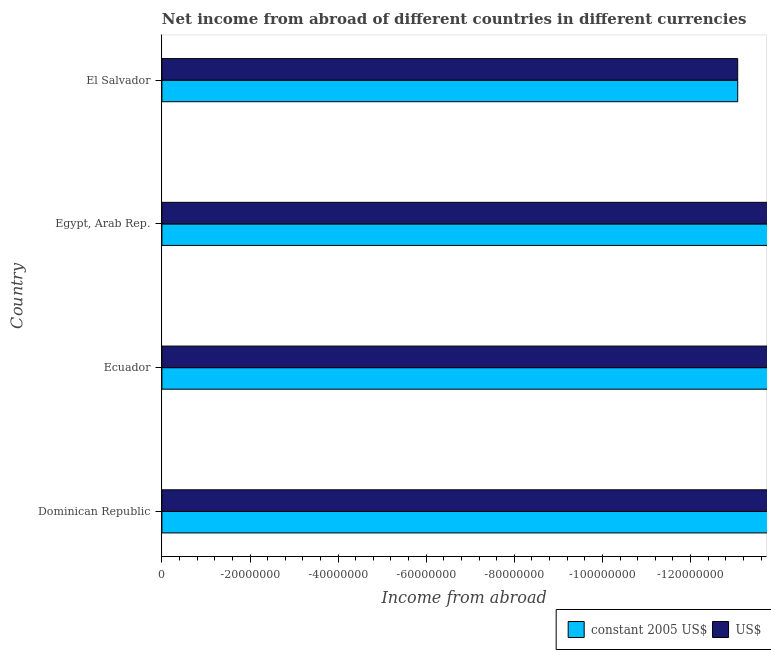
| Country | constant 2005 US$ | US$ |
 | --- | --- | --- |
 | Dominican Republic | -2.97e+08 | -2.97e+08 |
 | Ecuador | -6.9e+08 | -6.91e+08 |
 | Egypt, Arab Rep. | -1.61e+09 | -1.88e+09 |
 | El Salvador | -1.31e+08 | -1.31e+08 |